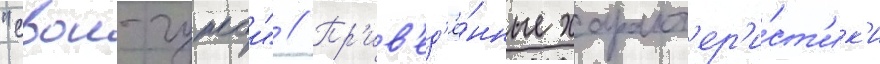
"свои-чужои" // Пр'ив'ед'ё́нные характ'ер'и́ст'ик'и